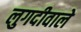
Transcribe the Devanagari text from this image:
लुगदीवाले